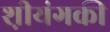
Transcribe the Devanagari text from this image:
श़ीयंगकी